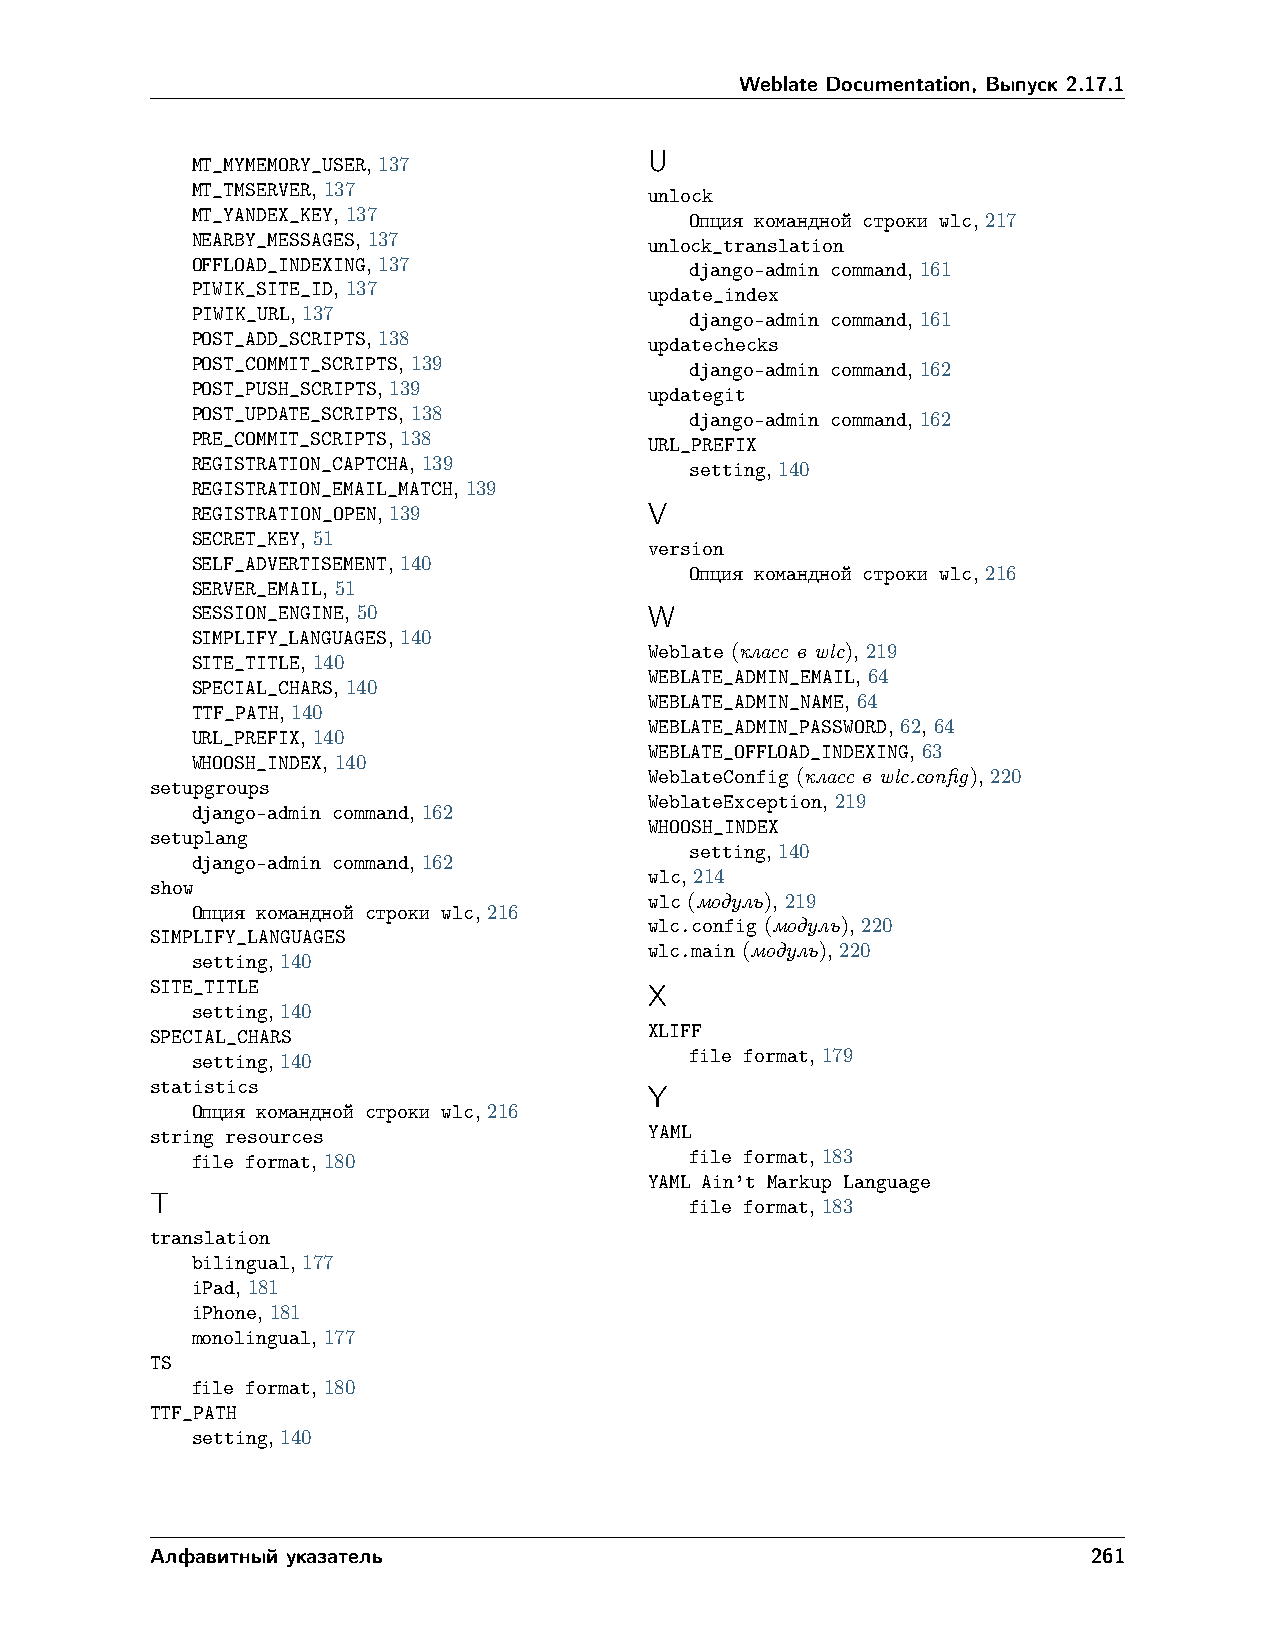
Weblate Documentation, Выпуск 2.17.1
 MT_MYMEMORY_USER, 137         U
 MT_TMSERVER, 137              unlock
 MT_YANDEX_KEY, 137               Опция командной строки wlc, 217
 NEARBY_MESSAGES, 137          unlock_translation
 OFFLOAD_INDEXING, 137            django-admin command, 161
 PIWIK_SITE_ID, 137            update_index
 PIWIK_URL, 137                   django-admin command, 161
 POST_ADD_SCRIPTS, 138         updatechecks
 POST_COMMIT_SCRIPTS, 139         django-admin command, 162
 POST_PUSH_SCRIPTS, 139        updategit
 POST_UPDATE_SCRIPTS, 138         django-admin command, 162
 PRE_COMMIT_SCRIPTS, 138       URL_PREFIX
 REGISTRATION_CAPTCHA, 139        setting, 140
 REGISTRATION_EMAIL_MATCH, 139
 REGISTRATION_OPEN, 139        V
 SECRET_KEY, 51
 version
 SELF_ADVERTISEMENT, 140
 Опция командной строки wlc, 216
 SERVER_EMAIL, 51
 SESSION_ENGINE, 50            W
 SIMPLIFY_LANGUAGES, 140
 Weblate (класс в wlc), 219
 SITE_TITLE, 140
 WEBLATE_ADMIN_EMAIL, 64
 SPECIAL_CHARS, 140
 WEBLATE_ADMIN_NAME, 64
 TTF_PATH, 140
 WEBLATE_ADMIN_PASSWORD, 62, 64
 URL_PREFIX, 140
 WEBLATE_OFFLOAD_INDEXING, 63
 WHOOSH_INDEX, 140
 WeblateConfig (класс в wlc.config), 220
 setupgroups
 WeblateException, 219
 django-admin command, 162
 WHOOSH_INDEX
 setuplang
 setting, 140
 django-admin command, 162
 wlc, 214
 show
 wlc (модуль), 219
 Опция командной строки wlc, 216
 wlc.config (модуль), 220
 SIMPLIFY_LANGUAGES
 wlc.main (модуль), 220
 setting, 140
 SITE_TITLE
 X
 setting, 140
 XLIFF
 SPECIAL_CHARS
 file format, 179
 setting, 140
 statistics
 Y
 Опция командной строки wlc, 216
 string resources                 YAML
 file format, 180                 file format, 183
 YAML Ain’t Markup Language
 T                                   file format, 183
 translation
 bilingual, 177
 iPad, 181
 iPhone, 181
 monolingual, 177
 TS
 file format, 180
 TTF_PATH
 setting, 140
 Алфавитный указатель                                          261